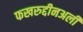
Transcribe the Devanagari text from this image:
फखरुद्दीनअली